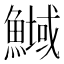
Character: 𲌽